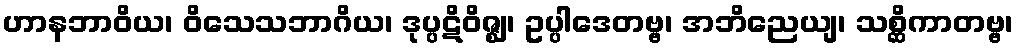
ဟာနဘာဝိယ၊ ဝိသေသဘာဂိယ၊ ဒုပ္ပဋိဝိဇ္ဈ၊ ဥပ္ပါဒေတဗ္ဗ၊ အဘိညေယျ၊ သစ္ဆိကာတဗ္ဗ၊